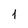
Character: 1